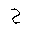
Letter: _ha